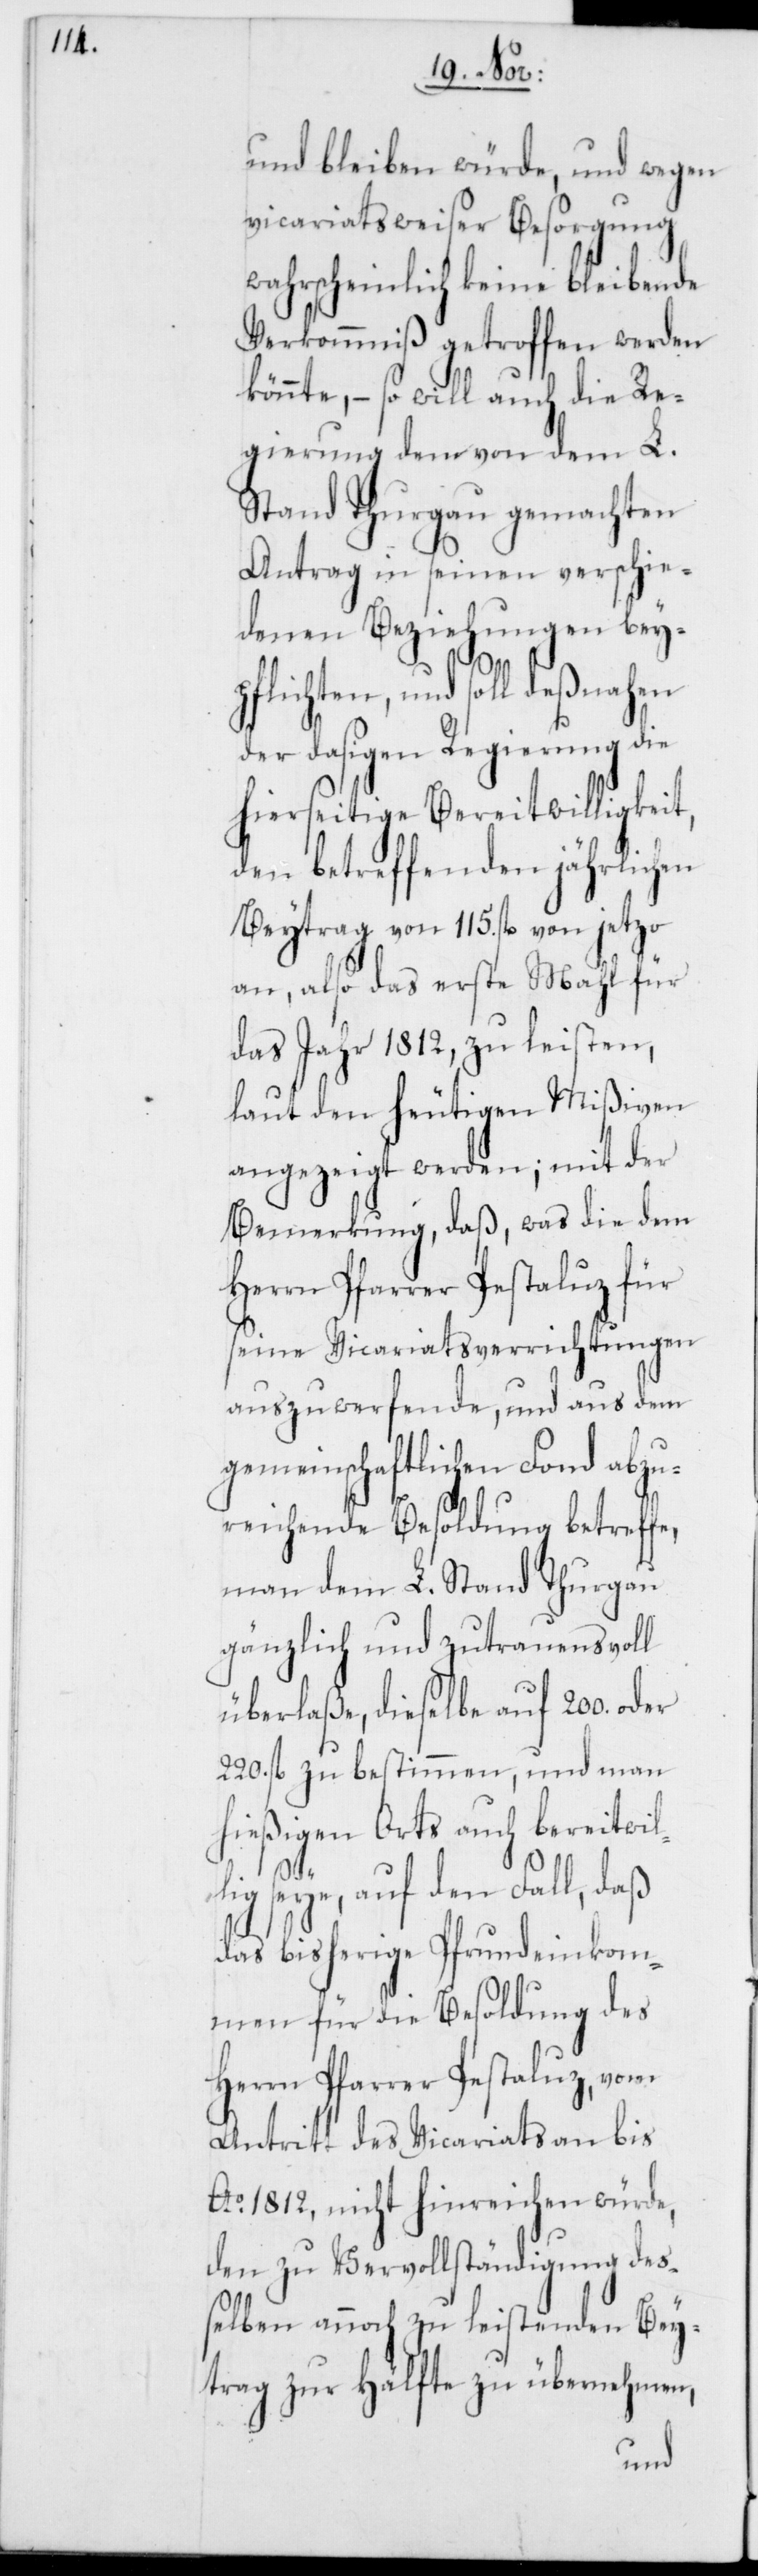
und bleiben würde, und wegen
vicariatsweiser Besorgung
wahrscheinlich keine bleibende
Verkommniß getroffen werden
könnte, – so will auch die Re¬
gierung dem von dem L.
Stand Thurgau gemachten
Antrag in seinen verschie¬
denen Beziehungen bey¬
pflichten, und soll deßnahen
der dasigen Regierung die
hierseitige Bereitwilligkeit,
den betreffenden jährlichen
Beytrag von 115. fl. von jetzo
an, also das erste Mahl für
das Jahr 1812, zu leisten,
laut den heutigen Mißiven
angezeigt werden; mit der
Bemerkung, daß, was die dem
seine Vicariatsverrichtungen
auszuwerfende, und aus dem
gemeinschaftlichen Fonds abzu¬
reichende Besoldung betreffe,
man dem L. Stand Thurgau
gänzlich und zutrauensvoll
überlaße, dieselbe auf 200. oder
220. fl. zu bestimmen, und man
hießigen Orts auch bereitwil¬
seye, auf den Fall, daß
das bisherige Pfrundeinkom¬
men für die Besoldung des
Herrn Pfarrer Pestaluz, vom
Antritt des Vicariats an bis
Ao. 1812, nicht hinreichen würde,
den zu Vervollständigung deß¬
elben annoch zu leistenden Bey¬
trag zur Hälfte zu übernehmen,
lig